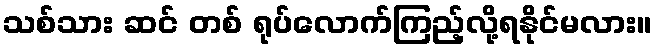
သစ်သား ဆင် တစ် ရုပ်လောက်ကြည့်လို့ရနိုင်မလား။